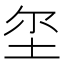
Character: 𱖚